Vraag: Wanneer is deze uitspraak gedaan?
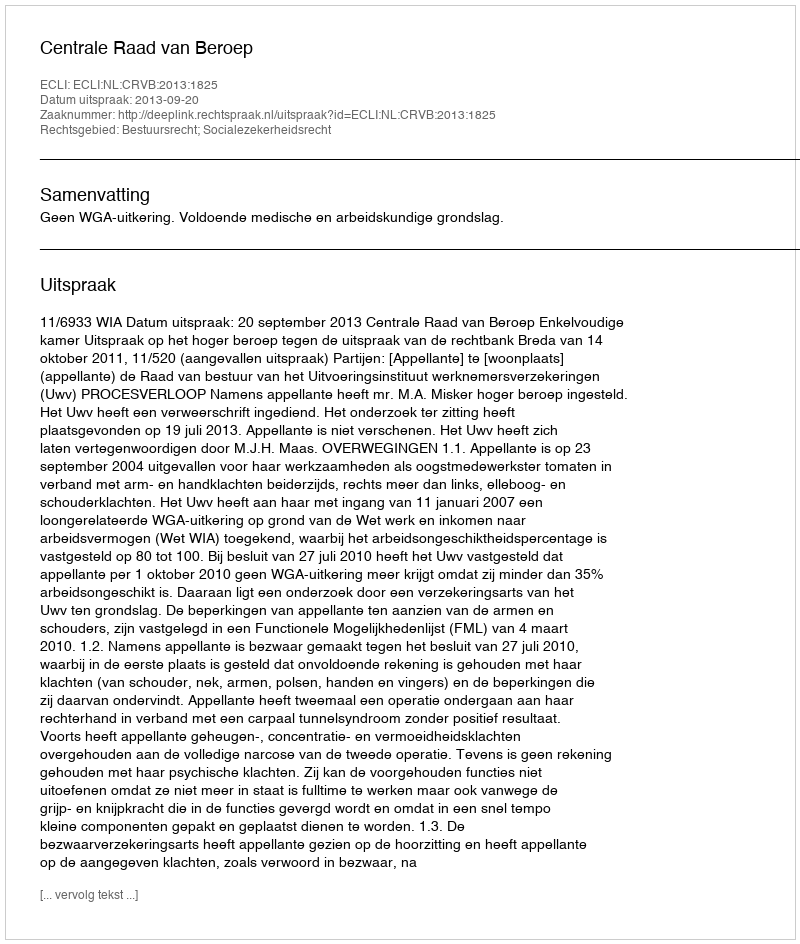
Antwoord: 2013-09-20